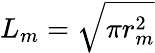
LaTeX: L_{m}=\sqrt{\pi r_{m}^{2}}